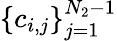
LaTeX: \left\{ c_{i,j}\right\} _{j=1}^{N_{2}-1}